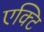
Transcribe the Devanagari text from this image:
एक्टि